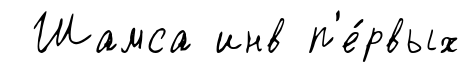
Шамса инв п'е́рвых